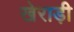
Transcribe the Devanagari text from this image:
खेराड़ी